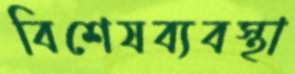
বিশেষব্যবস্থা